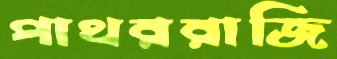
পাথররাজি